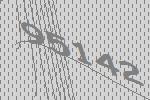
95142